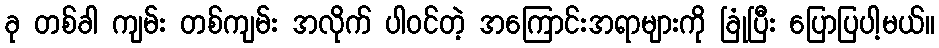
ခု တစ်ခါ ကျမ်း တစ်ကျမ်း အလိုက် ပါဝင်တဲ့ အကြောင်းအရာများကို ခြုံပြီး ပြောပြပါ့မယ်။